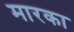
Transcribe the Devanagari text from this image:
मारका